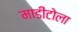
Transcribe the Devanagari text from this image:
माडीटोला